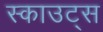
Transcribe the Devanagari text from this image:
स्‍काउट्स